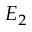
E _ { 2 }